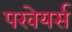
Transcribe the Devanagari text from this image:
परवेयर्स